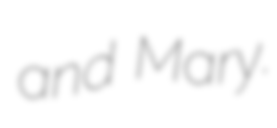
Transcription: and Mary.